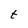
Character: t